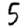
Digit: 5